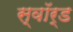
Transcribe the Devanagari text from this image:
स्‍वॉर्ड